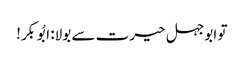
تو ابوجہل حیرت سے بولا: ابُوبکر!